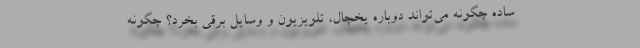
ساده چگونه می‌تواند دوباره یخچال، تلویزیون و وسایل برقی بخرد؟ چگونه